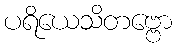
ပရိယေသိတဗ္ဗော